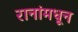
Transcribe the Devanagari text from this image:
रानांमधून